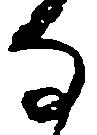
な